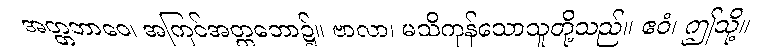
အတ္တဘာဝေ၊ အကြင်အတ္တဘော၌။ ဗာလာ၊ မသိကုန်သောသူတို့သည်။ ဧဝံ၊ ဤသို့။